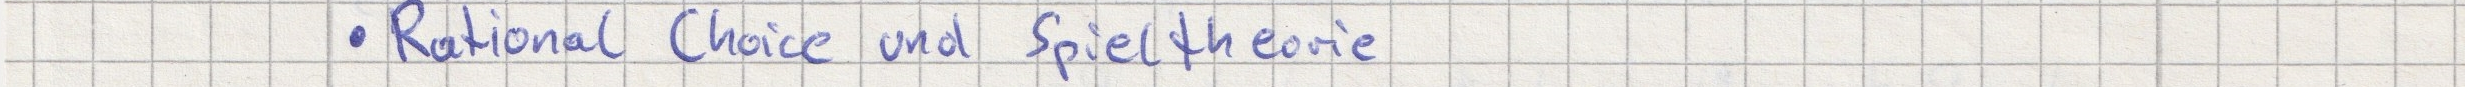
- Rational Choice und Spieltheorie